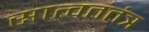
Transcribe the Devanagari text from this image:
सात्वततंत्र